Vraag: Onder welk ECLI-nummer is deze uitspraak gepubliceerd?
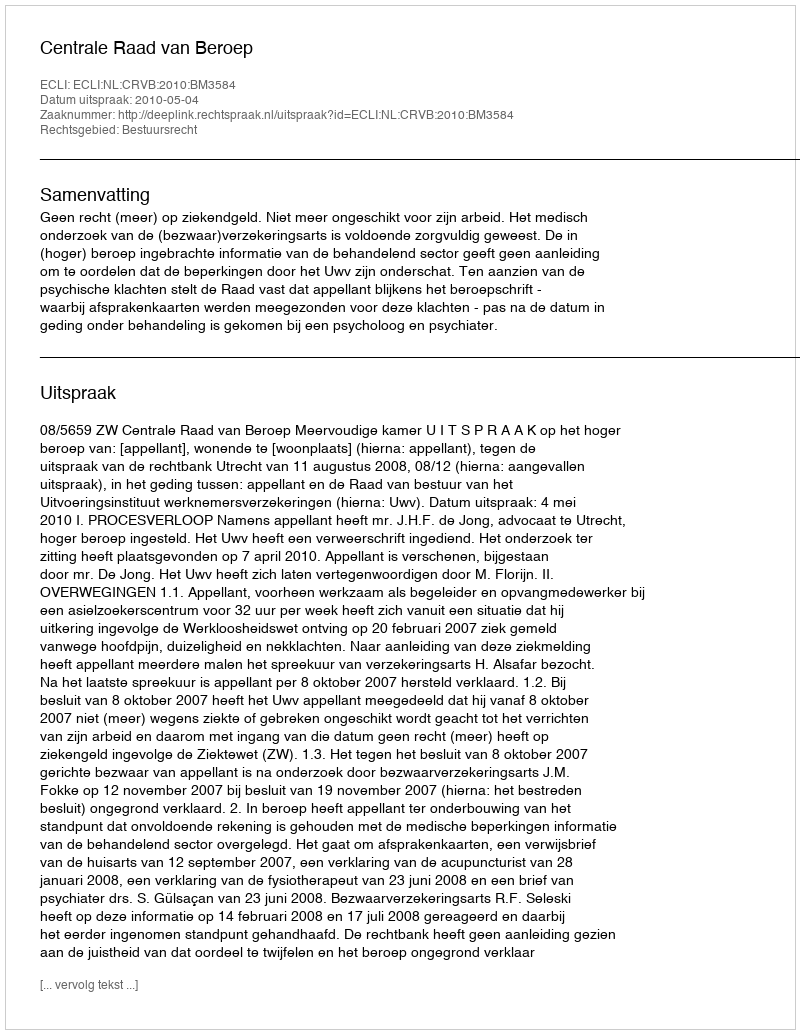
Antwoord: ECLI:NL:CRVB:2010:BM3584